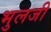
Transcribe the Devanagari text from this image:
भुलजी